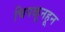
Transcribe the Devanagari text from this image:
चिपळूनहून